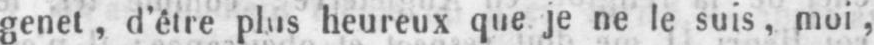
genet, d’être plus heureux que je ne le suis, moi,